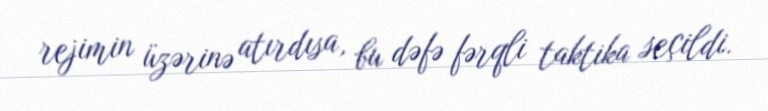
rejimin üzərinə atırdısa, bu dəfə fərqli taktika seçildi.